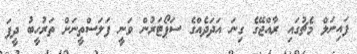
ފައިނަލް މެޗުގައި ރާއްޖޭގެ ގިނަ އަދަދެއްގެ ސަޕޯޓަރުން ވަނީ ފަލަސްތީނަށް ތަރުހީބު ދީފަ